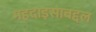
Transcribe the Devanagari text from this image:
महदाइसाबद्दल